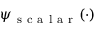
\psi _ { \mathrm { ~ s ~ c ~ a ~ l ~ a ~ r ~ } } ( \cdot )